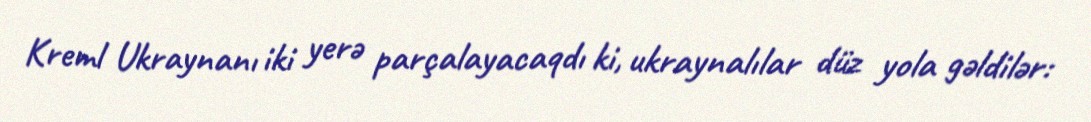
Kreml Ukraynanı iki yerə parçalayacaqdı ki, ukraynalılar düz yola gəldilər: